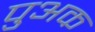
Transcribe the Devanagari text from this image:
पुअक